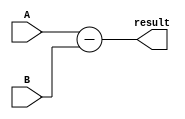
module subtractor(
  input [3:0] A,
  input [3:0] B,
  output reg [3:0] result
);

always @ (*) begin
  result = A - B;
end

endmodule